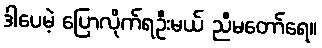
ဒါပေမဲ့ ပြောလိုက်ရဦးမယ် ညီမတော်ရေ။